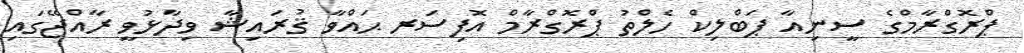
ޕްރޮގްރާމްގެ ސީނިއާ ޕަބްލިކް ހެލްތު ޕްރޮގްރާމް އޮފިސަރ ޙައްވާ ޤުރައިޝާ ވިދާޅުވީ ރާއްޖޭގައި